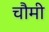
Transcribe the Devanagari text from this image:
चौमी